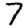
Digit: 7